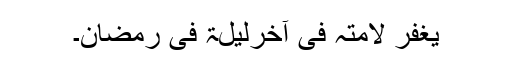
یغفر لامتہ فی آخرلیلۃ فی رمضان۔